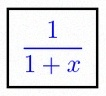
\frac{1}{1+x}